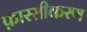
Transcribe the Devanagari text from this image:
फ़ारसीकरण